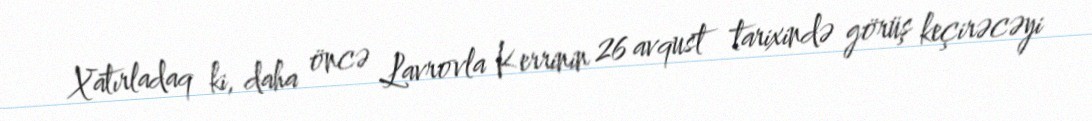
Xatırladaq ki, daha öncə Lavrovla Kerrinin 26 avqust tarixində görüş keçirəcəyi